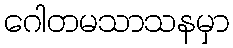
ဂေါတမသာသနမှာ